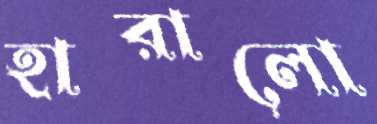
হারালো